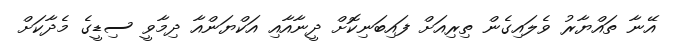
އޭނާ ތައްޔާރު ވެލައިގެން ތިރިއަށް ފައިބަނިކޮށް ދީނާއާއި އަކްޔަންއާ ދިމާވީ ސިޑީގެ މެދާކަށް